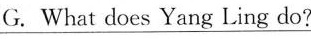
G.What does Yang Ling do?